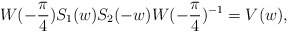
\begin{align*} W(-\frac{\pi}{4})S_{1}(w)S_{2}(-w) W(-\frac{\pi}{4})^{-1} = V(w),\end{align*}